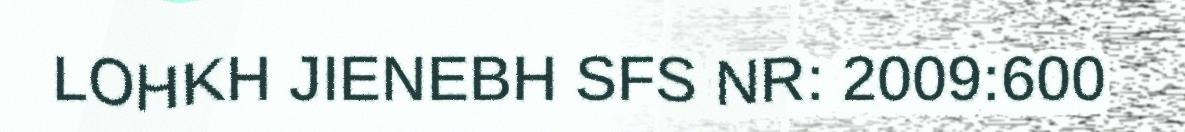
LOHKH JIENEBH SFS NR: 2009:600